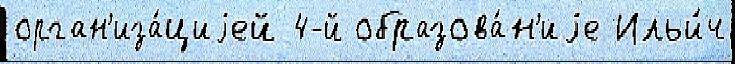
орган'иза́циjей 4-й образова́н'иjе Ильи́ч